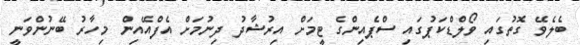
ބެލެވޭ ގޮތުގައި ވޯލްޑްކަޕުގައި ސްޕެއިންގެ ޓީމަށް އިރުޝާދު ދިނުމަށް އެފްއޭއިން މިހާރު ބޭނުންވަނީ